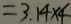
= 3 . 1 4 \times 4